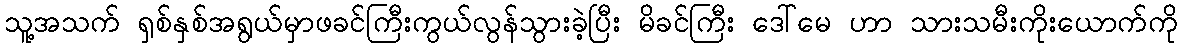
သူ့အသက် ရှစ်နှစ်အရွယ်မှာဖခင်ကြီးကွယ်လွန်သွားခဲ့ပြီး မိခင်ကြီး ဒေါ်မေ ဟာ သားသမီးကိုးယောက်ကို